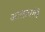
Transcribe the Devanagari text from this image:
आलापांचे